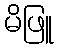
မိဖြူ